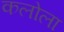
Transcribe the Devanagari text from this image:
कलोला